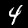
Label: 4